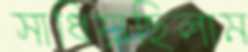
সাধিয়াছিলাম